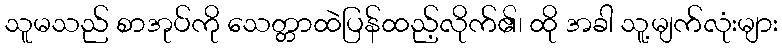
သူမသည် စာအုပ်ကို သေတ္တာထဲပြန်ထည့်လိုက်၏၊ ထို အခါ သူ့မျက်လုံးများ